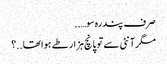
صرف پندرہ سو…..
مگر آنٹی سے تو پانچ ہزار طے ہوا تھا..؟